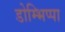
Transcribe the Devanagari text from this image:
डोम्भिप्पा